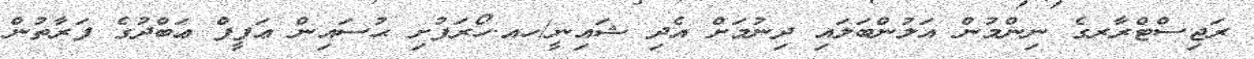
ރަޖިސްޓްރާރގެ ނިންމުން އަލުންބަލައި ދިނުމަށް އެދި ޝައިނީ/ހއ.ހޯރަފުށި ޙުސައިން ޢަފީފް ޢަބްދުގެ ފަރާތުން